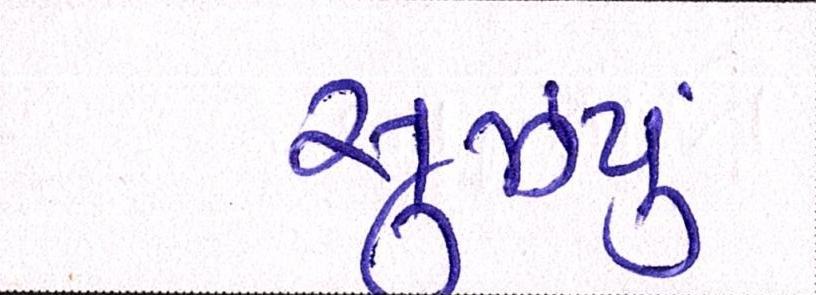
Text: સુઝયું